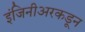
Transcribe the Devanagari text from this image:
इंजिनीअरकडून